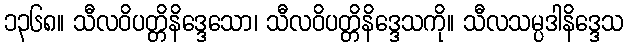
၁၃၆၈။ သီလဝိပတ္တိနိဒ္ဒေသော၊ သီလဝိပတ္တိနိဒ္ဒေသကို။ သီလသမ္ပဒါနိဒ္ဒေသ